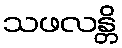
သဖလန္တိ